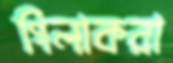
গিলাকরা